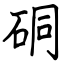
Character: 硐